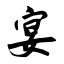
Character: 宴